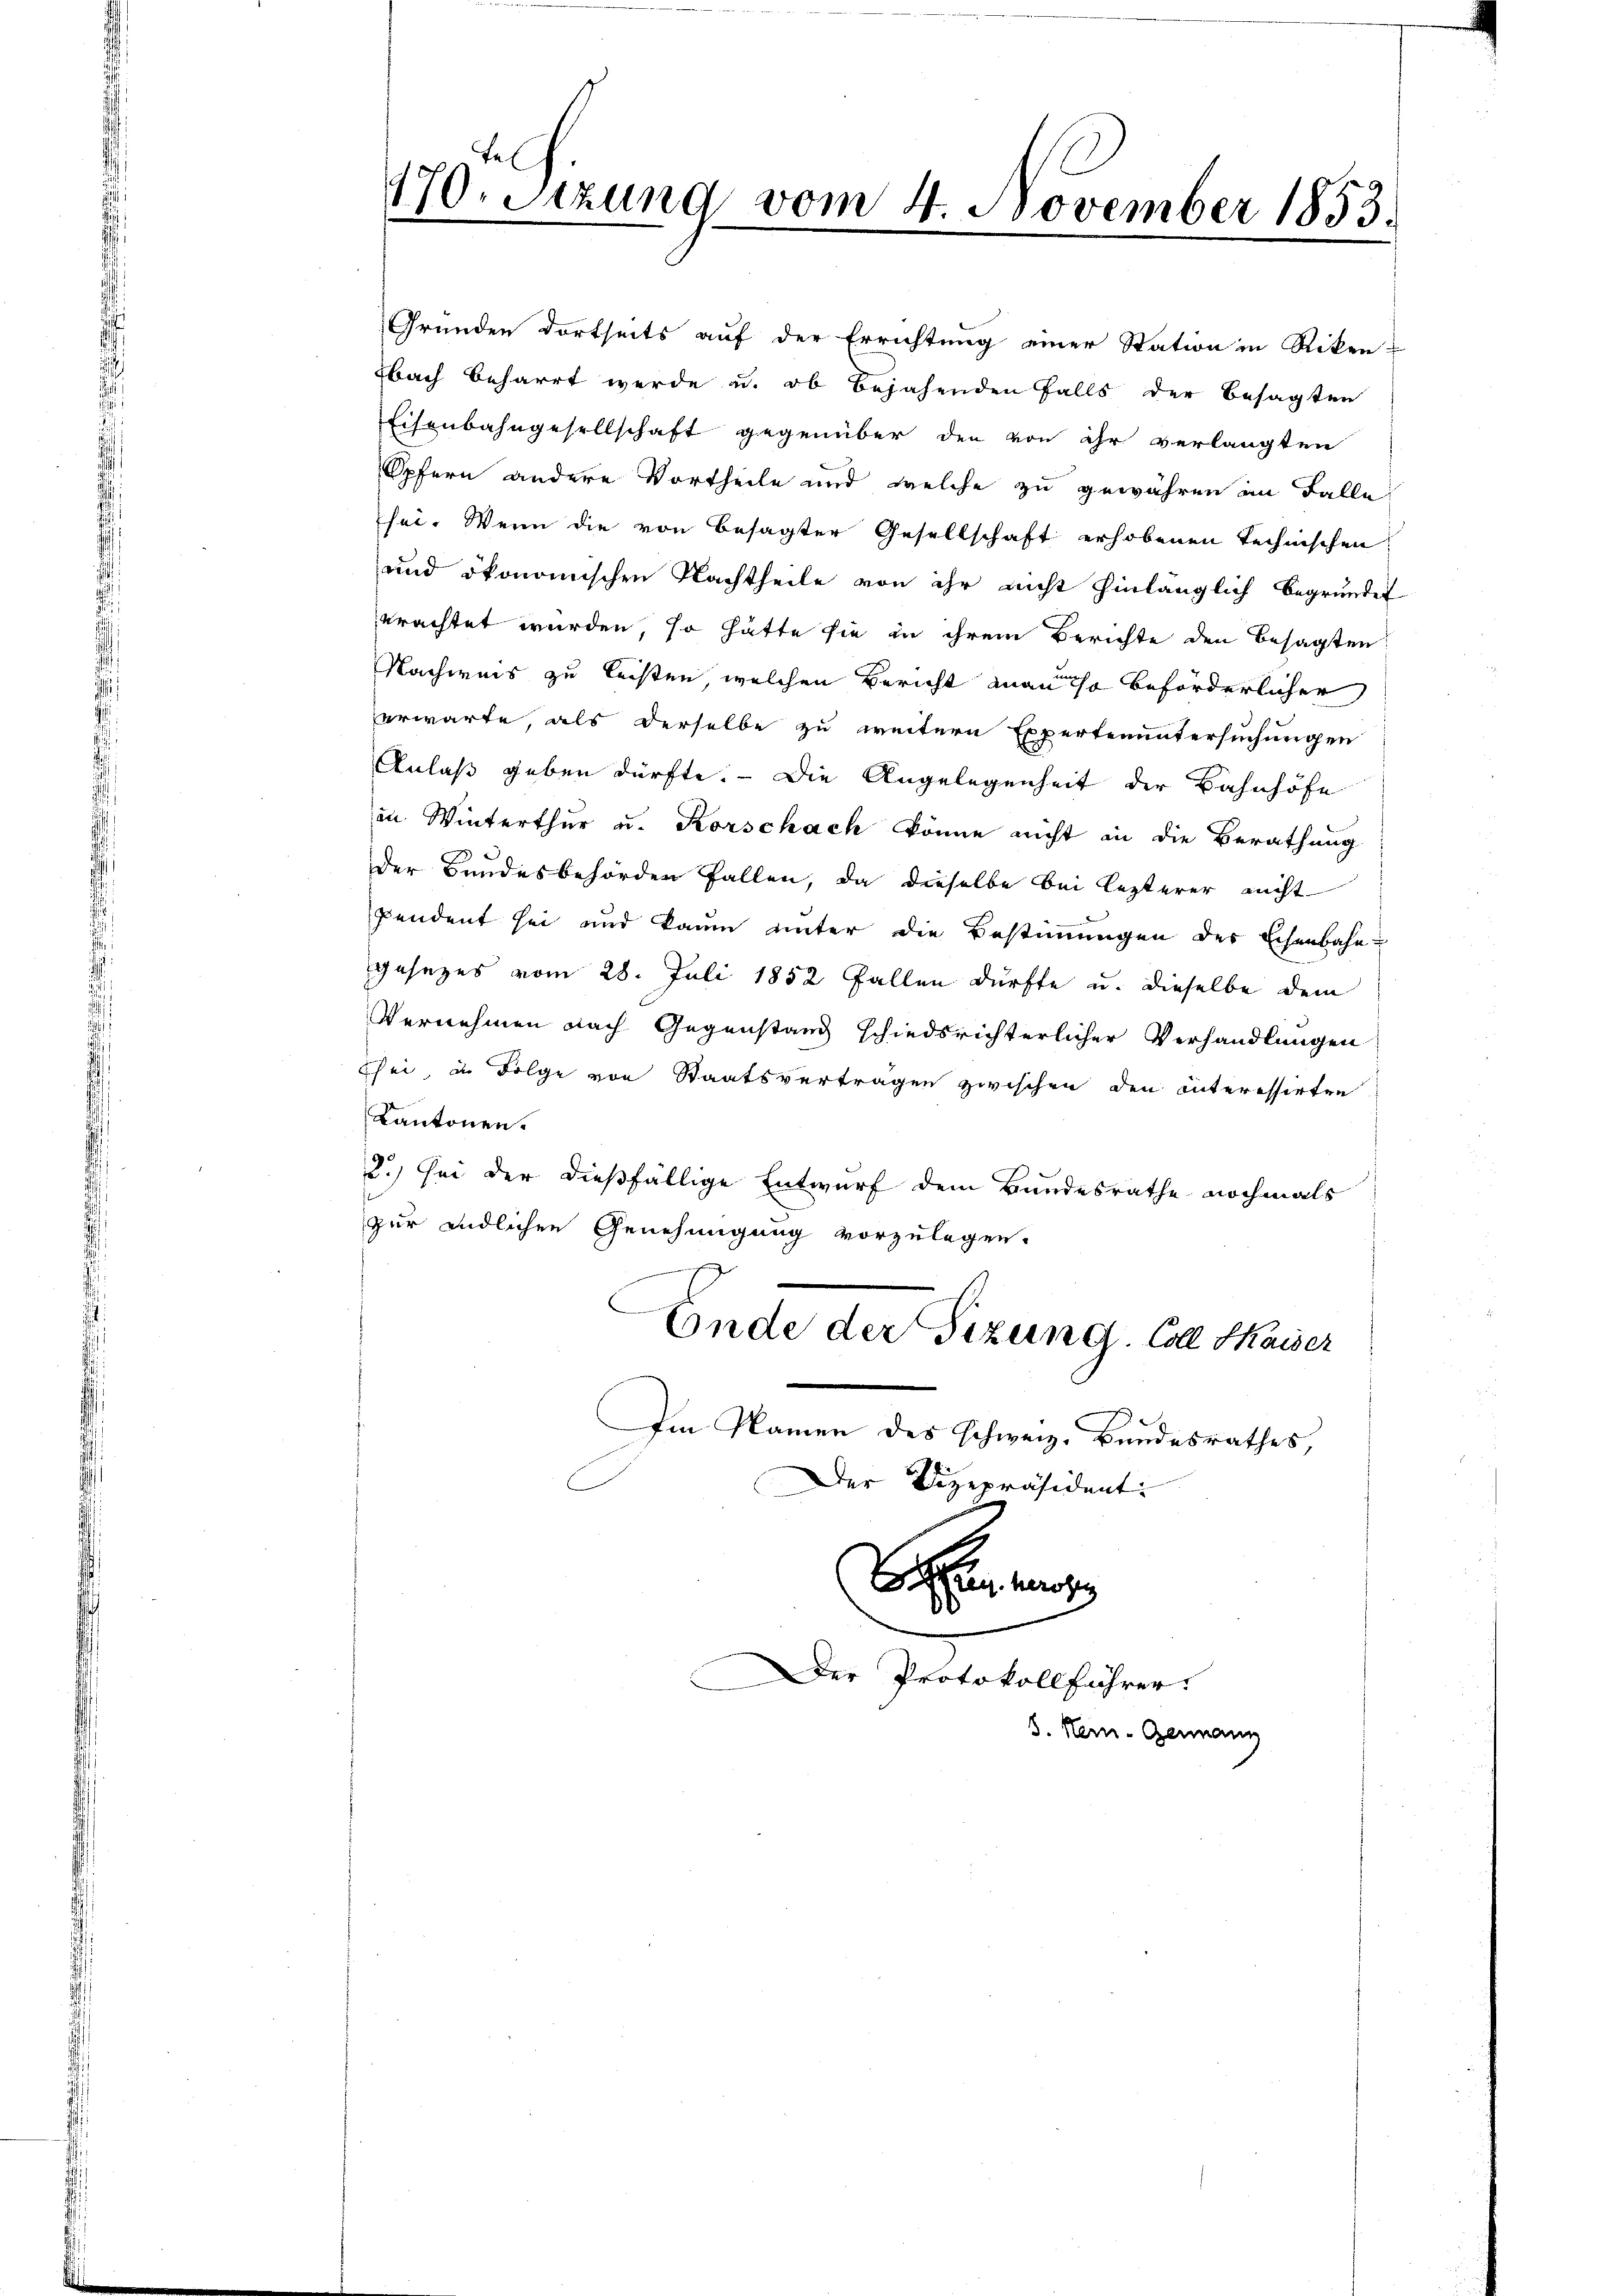
470. Stzung vom 4. November 1853.

Gründen dortseits auf der Errichtung einer Station in Riken-
bach beharrt werde u. ob bejahenden falls der besagten
Eisenbahngesellschaft gegenüber den von ihr verlangten
Opfern andere Vortheile und welche zu gewähren im Falle
sei. Wenn die von besagter Gesellschaft erhobenen technischen
und ökonomischen Nachtheile von ihr nicht hinlänglich begründet
erachtet wurden, so hätte sie in ihrem Berichte den Besagten
Nachweis zu leisten, welchen Bericht anau so beförderlicher
erwarte, als derselbe zu weitern Expertenuntersuchungen
Anlaß geben dürfte. - Die Angelegenheit der Bahnhöfe
in Winterthur u. Korschach könne nicht in die Berathung
der Bundesbehörden Fallen, da dieselbe bei lezterer nicht
pendent sei und kaum unter die Bestimmungen der Echenbahn-
gesezes vom 28. Juli 1852 Fallen dürfte u. dieselbe dem
Vernehmen nach Gegenstand schiedsrichterlicher Verhandlungen
Wei in Folge von Staatsvertragen zwischen den interessirten
Kantonen.
0
2.) Sei der dießfällige Entwurf dem Bundesrathe nochmals
zur endlichen Genehmigung vorzulegen.
Ende der Sitzung. Coll Kaiser
Im Namen des Schweiz. Bundesrathes,
Der Vizepräsident:

Der Protokollführer.

3. Hein- Genann